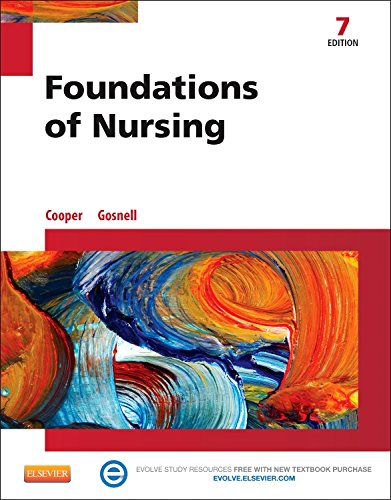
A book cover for Foundations of Nursing, 7e; Kim Cooper RN  MSN; Medical Books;